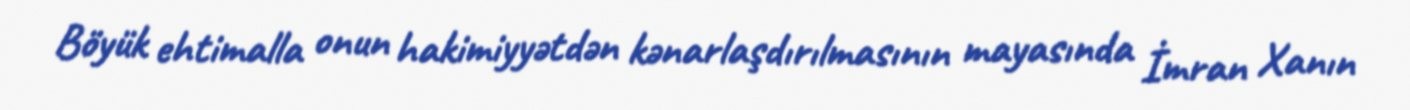
Böyük ehtimalla onun hakimiyyətdən kənarlaşdırılmasının mayasında İmran Xanın